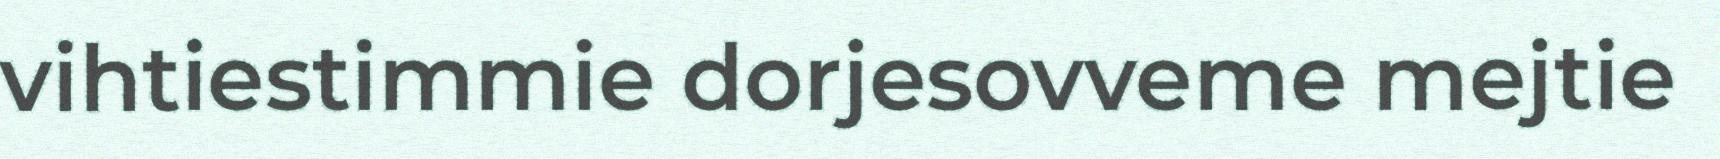
vihtiestimmie dorjesovveme mejtie